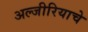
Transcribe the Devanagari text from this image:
अल्जीरियाचे